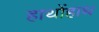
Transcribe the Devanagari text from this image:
हाथोंहाथ